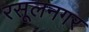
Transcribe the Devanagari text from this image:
रसूलनगर